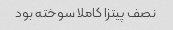
نصف پیتزا کاملا سوخته بود